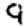
Digit: 9